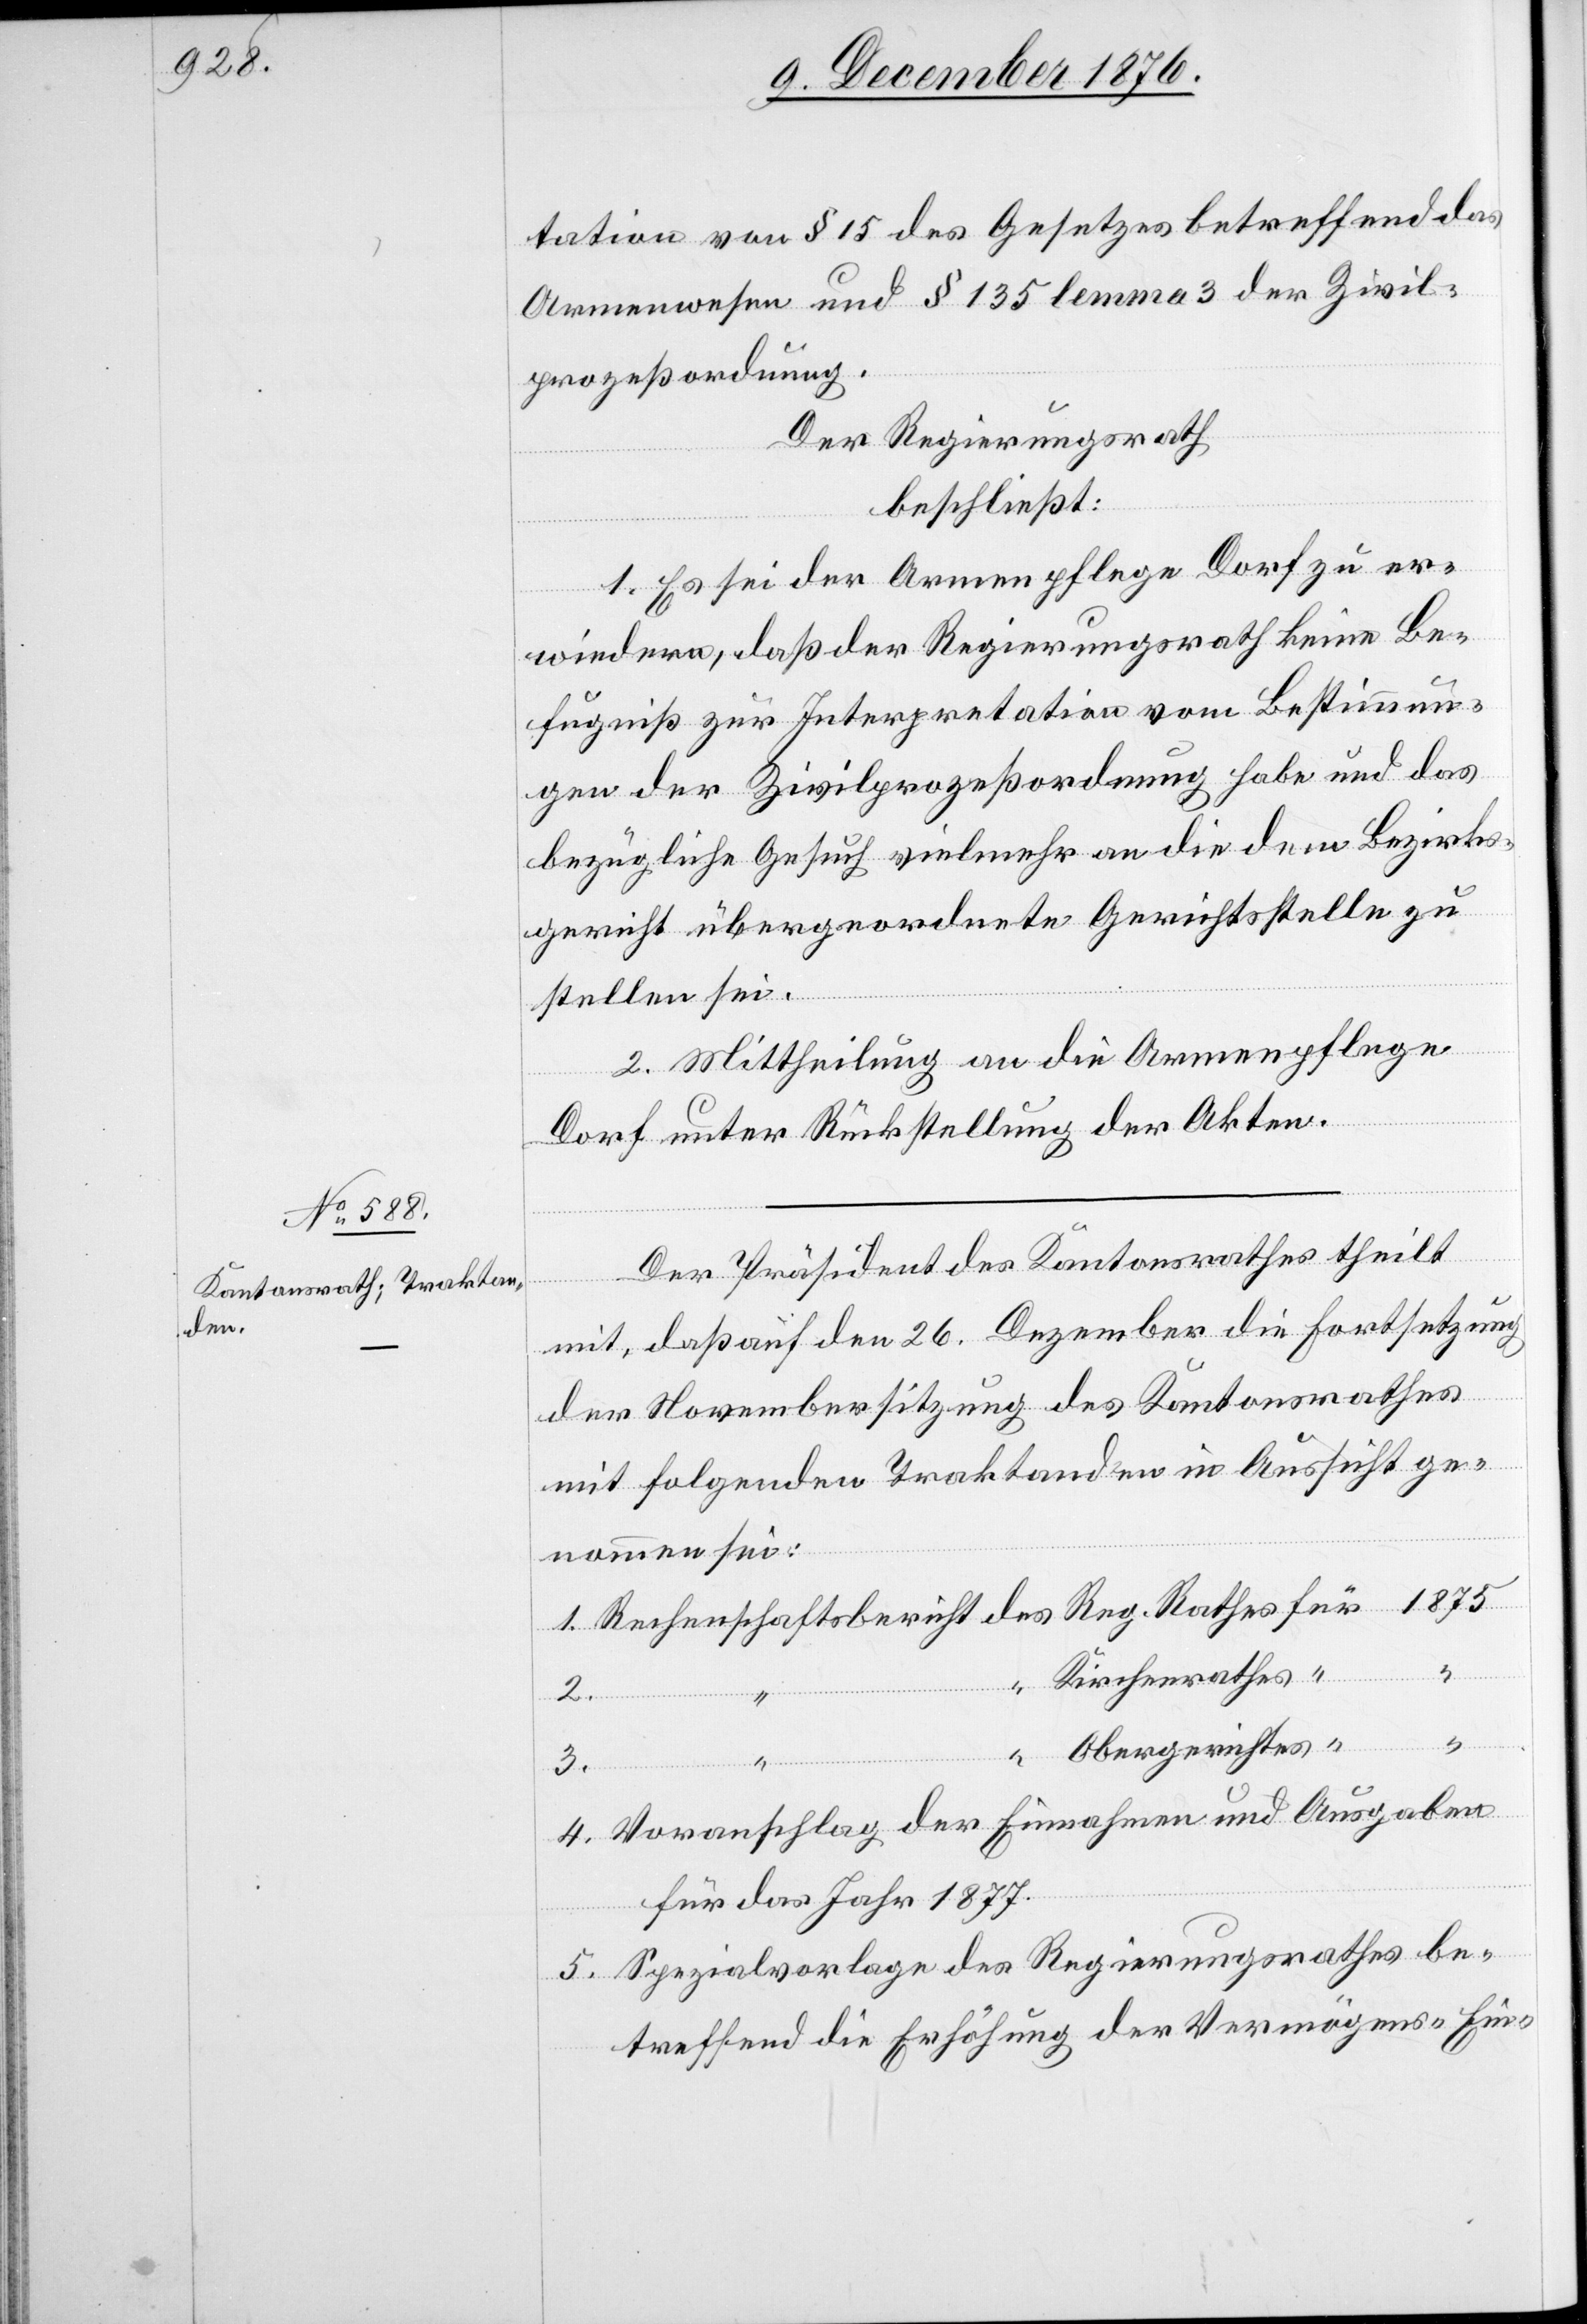
tation von § 15 des Gesetzes betreffend das
Armenwesen und § 135 lemma 3 der Zivil¬
prozeßordnung.
Der Regierungsrath
beschließt:
1. Es sei der Armenpflege Dorf zu er¬
wiedern, daß der Regierungsrath keine Be¬
fugniß zur Interpretation von Bestimmun¬
gen der Zivilprozeßordnung habe und das
bezügliche Gesuch vielmehr an die dem Bezirks¬
gericht übergeordnete Gerichtsstelle zu
stellen sei.
2. Mittheilung an die Armenpflege
Dorf unter Rückstellung der Akten.
Der Präsident des Kantonsrathes theilt
mit, daß auf den 26. Dezember die Fortsetzung
der Novembersitzung des Kantonsrathes
mit folgenden Traktanden in Aussicht ge¬
nommen sei:
Kirchenrathes
Rathes
2.
3.
Obergerichtes
“
4. Voranschlag der Einnahmen und Ausgaben
für das Jahr 1877.
5. Spezialvorlage des Regierungsrathes be¬
treffend die Erhöhung der Vermögens-[,] Ein-